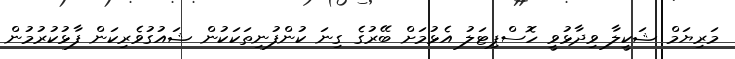
މަރިޔަމް ޝަކީލާ ވިދާޅުވީ ހޮސްޕިޓަލު އެޅުމަށް ބޭރުގެ ގިނަ ކުންފުނިތަކަކުން ޝައުގުވެރިކަން ފާޅުކުރުމުން